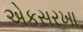
એકસરખા